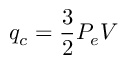
q _ { c } = \frac { 3 } { 2 } P _ { e } V